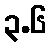
၃.၆